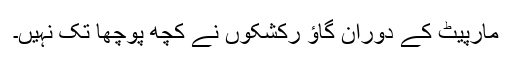
مارپیٹ کے دوران گاؤ رکشکوں نے کچھ پوچھا تک نہیں۔